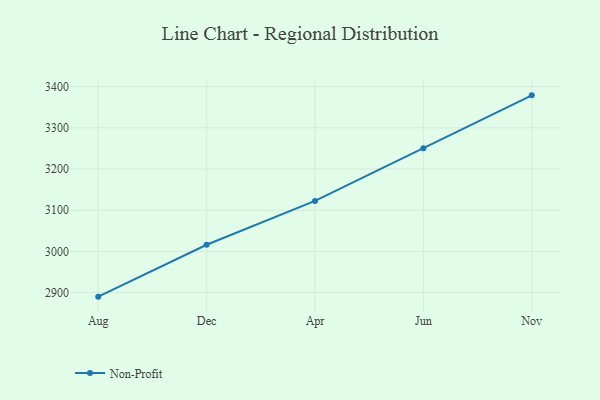
{"axis": {"x": "Month", "y": "Inventory Turnover"}, "legend": ["Non-Profit"], "data": [{"x": "Aug", "y": 2890.1, "type": "Non-Profit"}, {"x": "Dec", "y": 3016.0, "type": "Non-Profit"}, {"x": "Apr", "y": 3122.4, "type": "Non-Profit"}, {"x": "Jun", "y": 3250.2, "type": "Non-Profit"}, {"x": "Nov", "y": 3378.8, "type": "Non-Profit"}]}